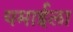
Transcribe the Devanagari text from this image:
यमाईला